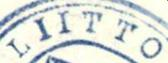
LIITTO